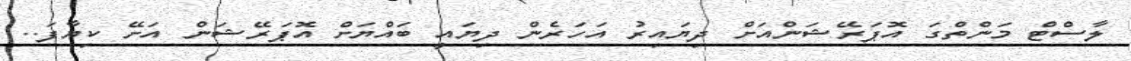
ލާސްޓް މަންތްގަ އޮޕަރޭޝަންއަށް ދިޔައިރު އަހަރެން ދިޔައީ ބައްޔަށް އޮޕަރޭޝަން އަށޭ ކިޔާފަ..